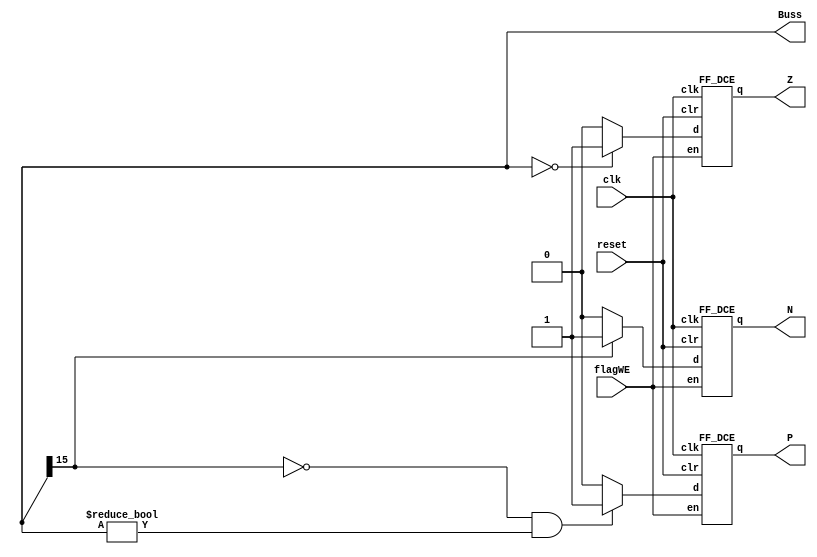
`timescale 1ns / 1ps
//////////////////////////////////////////////////////////////////////////////////
// Company: 
// Engineer: 
// 
// Design Name: 
// Module Name:    NZP 
// Project Name: 
// Target Devices: 
// Tool versions: 
// Description: 
//
// Dependencies: 
//
// Revision: 
// Revision 0.01 - File Created
// Additional Comments: 
//
//////////////////////////////////////////////////////////////////////////////////
module NZP(
	input clk,reset,flagWE,
	output[15:0] Buss,
	output N,Z,P
    );
	wire wN,wZ,wP;

	assign wN = (Buss[15] == 1'd1)      ? 1'd1 : 1'd0 ;
	assign wZ = (Buss[15:0] == 16'd0)   ? 1'd1 : 1'd0 ; 
	assign wP = (Buss[15] != 1'd1 && Buss[15:0] != 16'd0)? 1'd1 : 1'd0 ;
	
	FF_DCE ff0 (N,clk,wN,reset,flagWE);
	FF_DCE ff1 (Z,clk,wZ,reset,flagWE);
	FF_DCE ff2 (P,clk,wP,reset,flagWE);
	
endmodule


module FF_DCE(q, clk, d, clr, en);
input clk, clr, en, d;
output reg q;
always @(posedge clk)
if (clr) q <= 0;
else if (en)  q <= d;
endmodule